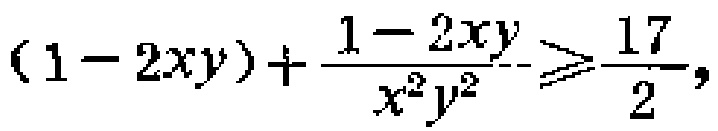
\((1 - 2xy)+\frac{1 - 2xy}{x^{2}y^{2}}\geqslant\frac{17}{2},\)